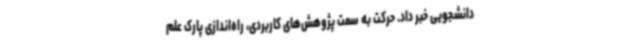
دانشجویی خبر داد. حرکت به سمت پژوهش‌های کاربردی، راه‌اندازی پارک علم